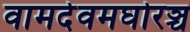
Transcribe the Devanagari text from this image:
वामदेवमघोरञ्च